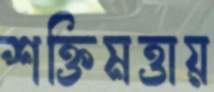
শক্তিমত্তায়